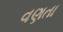
વણતા